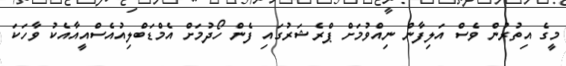
މީގެ އިތުރުން ވެސް އަލިފާން ނިއްވުމަށް ޕްރެޝަރުގައި ފެން ހޯދުމަށް އެމްޑަބްލިއުއެސްއީއާއެކު ވާހަކަ